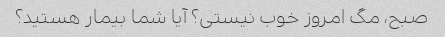
صبح، مگ امروز خوب نیستی؟ آیا شما بیمار هستید؟